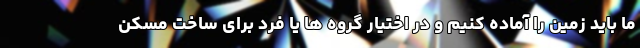
ما باید زمین را آماده کنیم و در اختیار گروه ها یا فرد برای ساخت مسکن